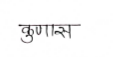
मजकूर: कुणास